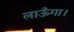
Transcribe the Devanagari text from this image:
लाऊँगा।